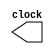
module m555(clock);
    parameter InitDelay = 10, Ton = 50, Toff = 50;
    output clock;
    reg clock;

    initial begin
        #InitDelay clock = 1;
    end

    always begin
        #Ton clock = ~clock;
        #Toff clock = ~clock;
    end
endmodule